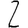
Digit: 2